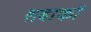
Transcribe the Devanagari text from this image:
शबाकों